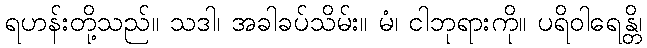
ရဟန်းတို့သည်။ သဒါ၊ အခါခပ်သိမ်း။ မံ၊ ငါဘုရားကို။ ပရိဝါရေန္တိ၊